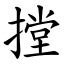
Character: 摚